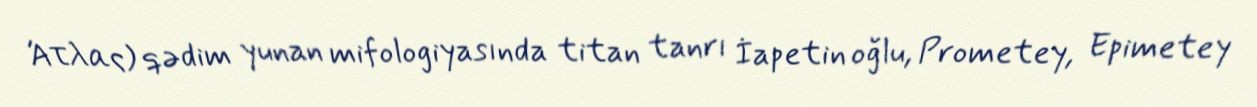
Άτλας) qədim yunan mifologiyasında titan tanrı İapetin oğlu, Prometey, Epimetey